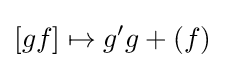
[gf]\mapsto g'g+(f)